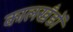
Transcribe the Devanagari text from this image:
कालखँडों